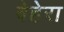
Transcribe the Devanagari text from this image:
बेहेरा